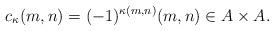
LaTeX: \begin{align*} c_\kappa(m,n)= (-1)^{\kappa(m,n)} (m,n) \in A \times A.\end{align*}